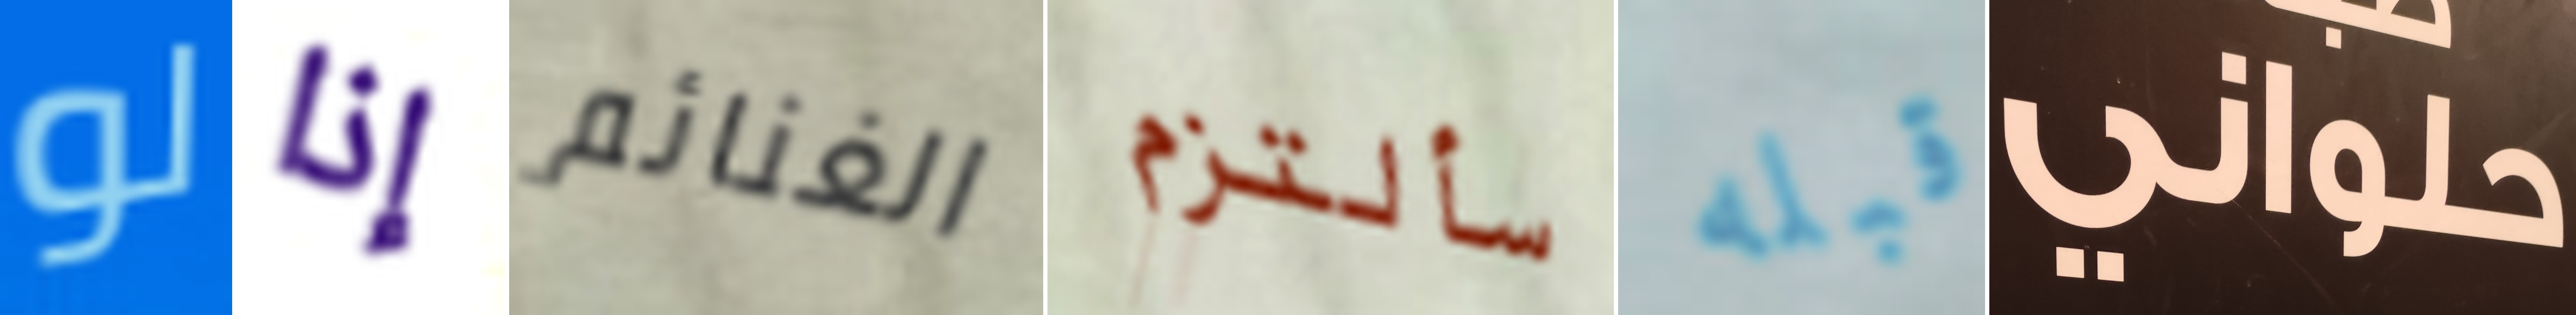
لو إذا الغنائم سألتزم قبله حلواني